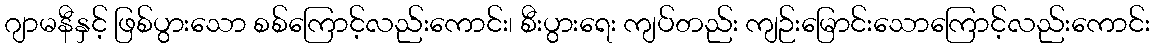
ဂျာမနီနှင့် ဖြစ်ပွားသော စစ်ကြောင့်လည်းကောင်း၊ စီးပွားရေး ကျပ်တည်း ကျဉ်းမြောင်းသောကြောင့်လည်းကောင်း